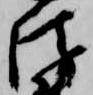
衛